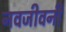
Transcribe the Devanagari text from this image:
नवजीवनी